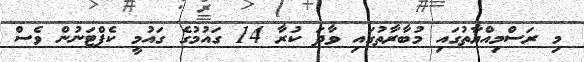
މި ރަސްމިއްޔާތުގައި މުބާރާތުގައި ވާދަ ކުރާ 14 ގައުމުގެ ގައުމީ ކެޕްޓަނުން ވެސް